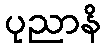
ပုညာနိ